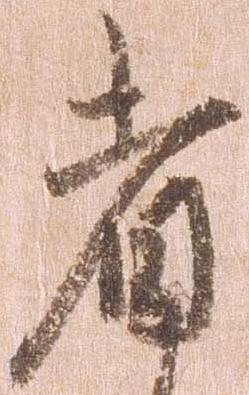
者